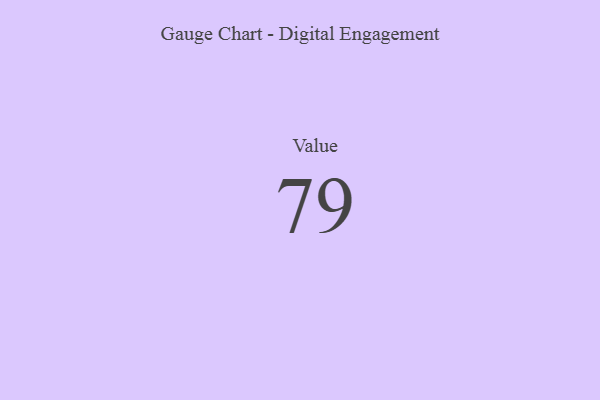
{"axis": {"x": "Metric", "y": "Value"}, "legend": [""], "data": [{"x": "Value", "y": 79, "type": ""}]}